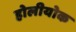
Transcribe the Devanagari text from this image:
होलीयोक